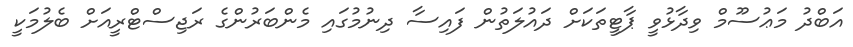
އަބްދު މަޢުސޫމް ވިދާޅުވީ ޕާޓީތަކަށް ދައުލަތުން ފައިސާ ދިނުމުގައި މެންބަރުންގެ ރަޖިސްޓްރީއަށް ބެލުމަކީ